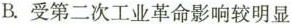
B.受第二次工业革命影响较明显